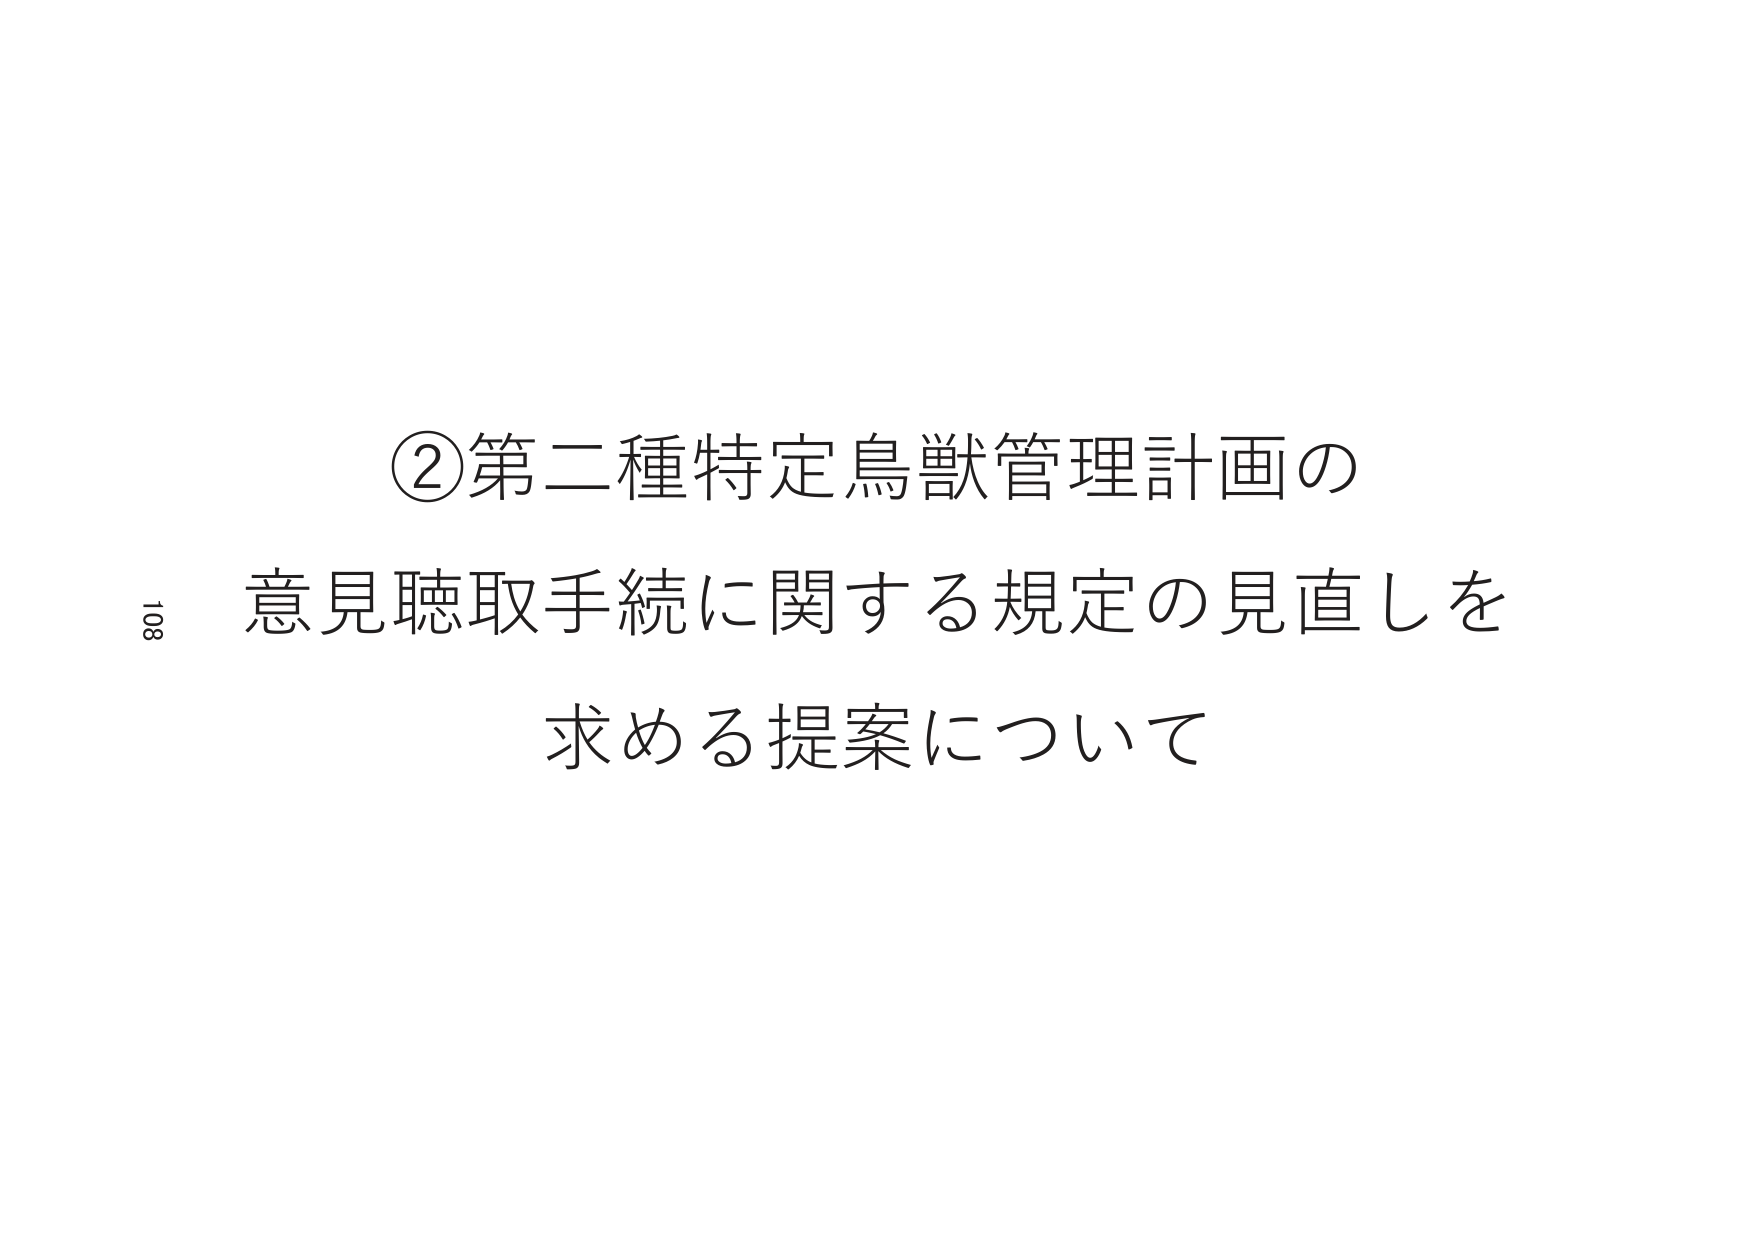
②第二種特定鳥獣管理計画の
意見聴取手続に関する規定の見直しを
求める提案について
108